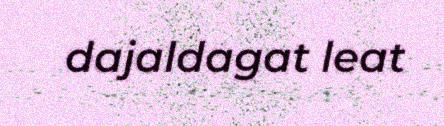
dajaldagat leat